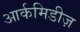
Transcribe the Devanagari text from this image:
आर्कमिडीज़